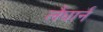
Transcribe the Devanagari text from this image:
लैंघार्न